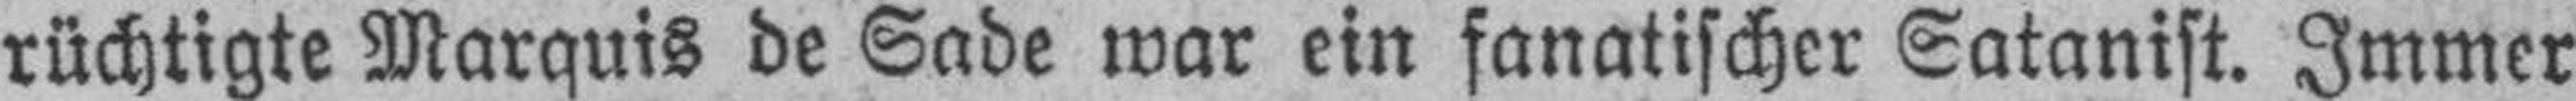
rüchtigte Marquis de Sade war ein fanatischer Satanist. Immer